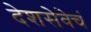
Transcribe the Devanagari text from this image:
देशसेवेचं